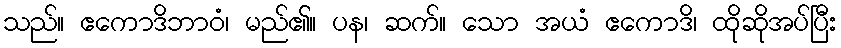
သည်။ ဧကောဒိဘာဝံ၊ မည်၏။ ပန၊ ဆက်။ သော အယံ ဧကောဒိ၊ ထိုဆိုအပ်ပြီး